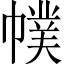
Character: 幞